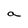
Character: a